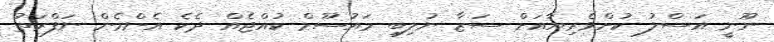
ނޫނީ އަސްލު ކުށްވެރިޔާއަށް ސަޒާ ނުލިބި މައުސޫމް ކުއްޖެއް ދެކެ އެންމެން ނަފްރަތު